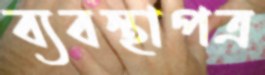
ব্যবস্থাপত্র